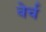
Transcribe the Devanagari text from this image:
वेर्च